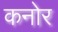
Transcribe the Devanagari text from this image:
कनोर